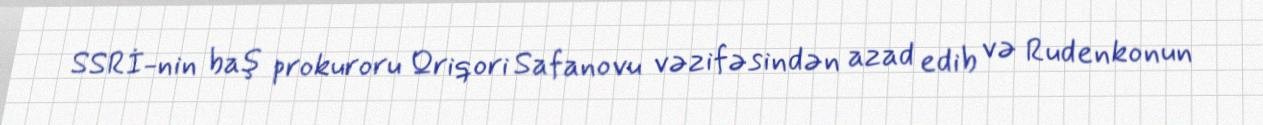
SSRİ-nin baş prokuroru Qriqori Safanovu vəzifəsindən azad edib və Rudenkonun